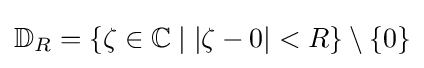
\mathbb {D} _{R}=\{\zeta \in \mathbb {C} \mid |\zeta -0|<R\}\setminus \{0\}